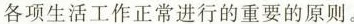
各项生活工作正常进行的重要的原则